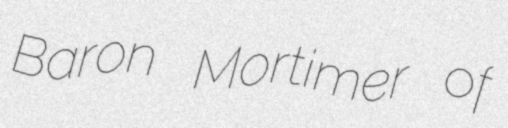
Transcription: Baron Mortimer of